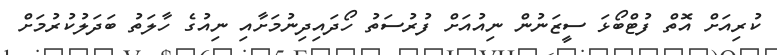
ކުރިއަށް އޮތް ފުޓްބޯޅަ ސީޒަނުން ނިއުއަށް ފުރުސަތު ހޯދައިދިނުމަށާއި ނިއުގެ ހާލަތު ބަދަލުކުރުމަށް